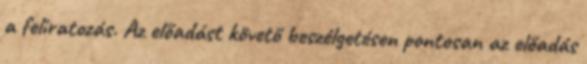
a feliratozás. Az előadást követő beszélgetésen pontosan az előadás